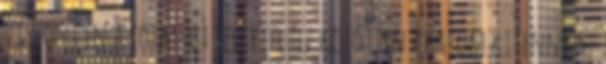
Viszont én a form-ot feltételhez kötötten akarom kitenni az